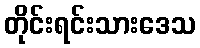
တိုင်းရင်းသားဒေသ